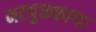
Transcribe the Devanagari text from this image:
नटपुककागा